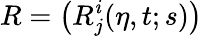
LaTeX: R=\left(R_{j}^{\mathit{i}}(\eta,t;s)\right)